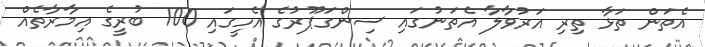
އެތަން ތަޅާ ތިރި އަރުވާލާ އެތަނުގައި ސިންގަޕޫރުގެ އެހީގައި 100 ބުރީގެ އިމާރާތެއް